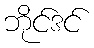
ဘိုင်ဒင်